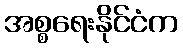
အစ္စရေးနိုင်ငံက